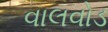
વાલવોડ